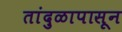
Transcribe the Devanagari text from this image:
तांदुळापासून